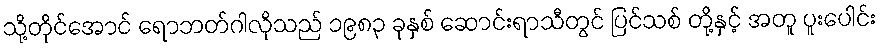
သို့တိုင်အောင် ရောဘတ်ဂါလိုသည် ၁၉၈၃ ခုနှစ် ဆောင်းရာသီတွင် ပြင်သစ် တို့နှင့် အတူ ပူးပေါင်း